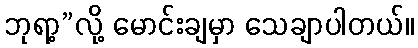
ဘုရာ့”လို့ မောင်းချမှာ သေချာပါတယ်။